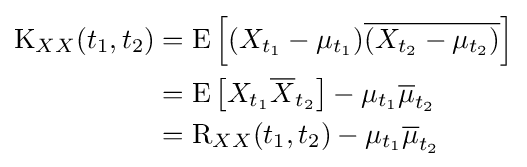
{\begin{aligned}\operatorname {K} _{XX}(t_{1},t_{2})&=\operatorname {E} \left[(X_{t_{1}}-\mu _{t_{1}}){\overline {(X_{t_{2}}-\mu _{t_{2}})}}\right]\\&=\operatorname {E} \left[X_{t_{1}}{\overline {X}}_{t_{2}}\right]-\mu _{t_{1}}{\overline {\mu }}_{t_{2}}\\&=\operatorname {R} _{XX}(t_{1},t_{2})-\mu _{t_{1}}{\overline {\mu }}_{t_{2}}\end{aligned}}